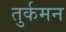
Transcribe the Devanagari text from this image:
तुर्कमन